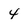
Character: 4